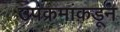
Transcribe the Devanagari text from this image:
उपक्रमांकडून